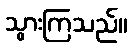
သွားကြသည်။